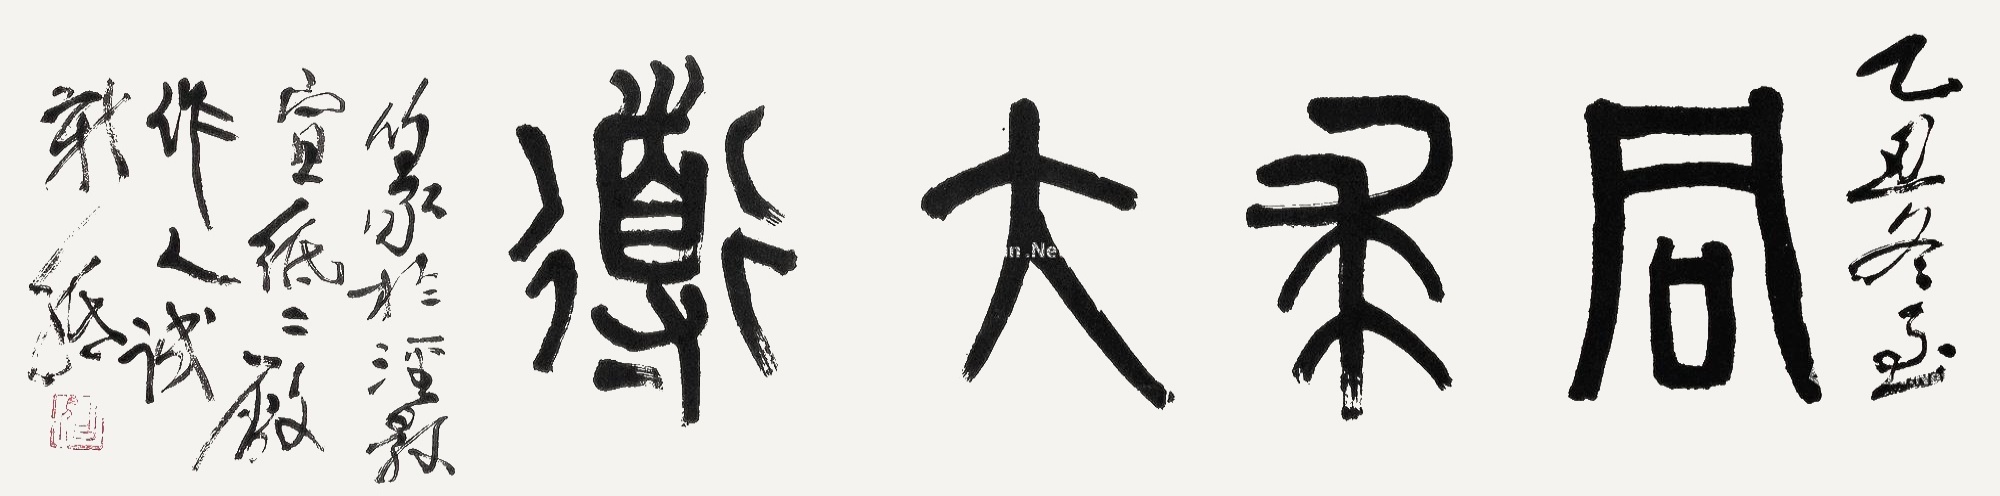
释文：同求大道。乙丑冬至篆于泾县宣纸二厂，作人试新纸。